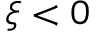
\xi < 0